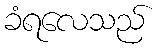
ခံရလေသည်